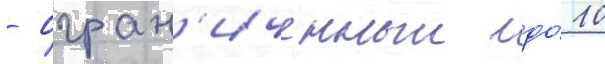
- огран'иченныи до́ 10